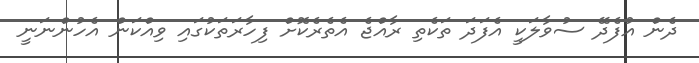
ދެން އުފެދޭ ސުވާލަކީ އެފަދަ ތަކެތި ރާއްޖެ އެތެރެކޮށް ފިހާރަތަކުގައި ވިއްކަން އެހުންނަނީ